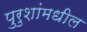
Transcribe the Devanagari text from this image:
पुरुशांमधील